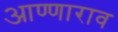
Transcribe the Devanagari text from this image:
आण्णाराव